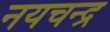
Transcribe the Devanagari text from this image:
नयचन्द्र